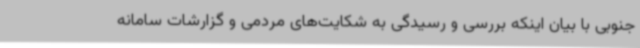
جنوبی با بیان اینکه بررسی و رسیدگی به شکایت‌های مردمی و گزارشات سامانه